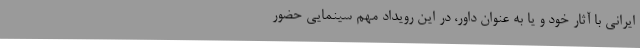
ایراني با آثار خود و یا به عنوان داور، در این رویداد مهم سینمایی حضور